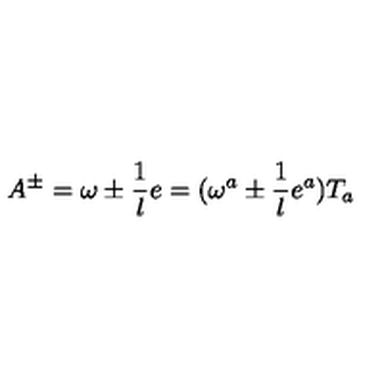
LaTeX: A ^ { \pm } = \omega \pm \frac { 1 } { l } e = ( \omega ^ { a } \pm \frac { 1 } { l } e ^ { a } ) T _ { a }